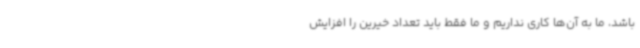
باشد، ما به آن‌ها کاری نداریم و ما فقط باید تعداد خیرین را افزایش